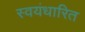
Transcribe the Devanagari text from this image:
स्वयंधारित